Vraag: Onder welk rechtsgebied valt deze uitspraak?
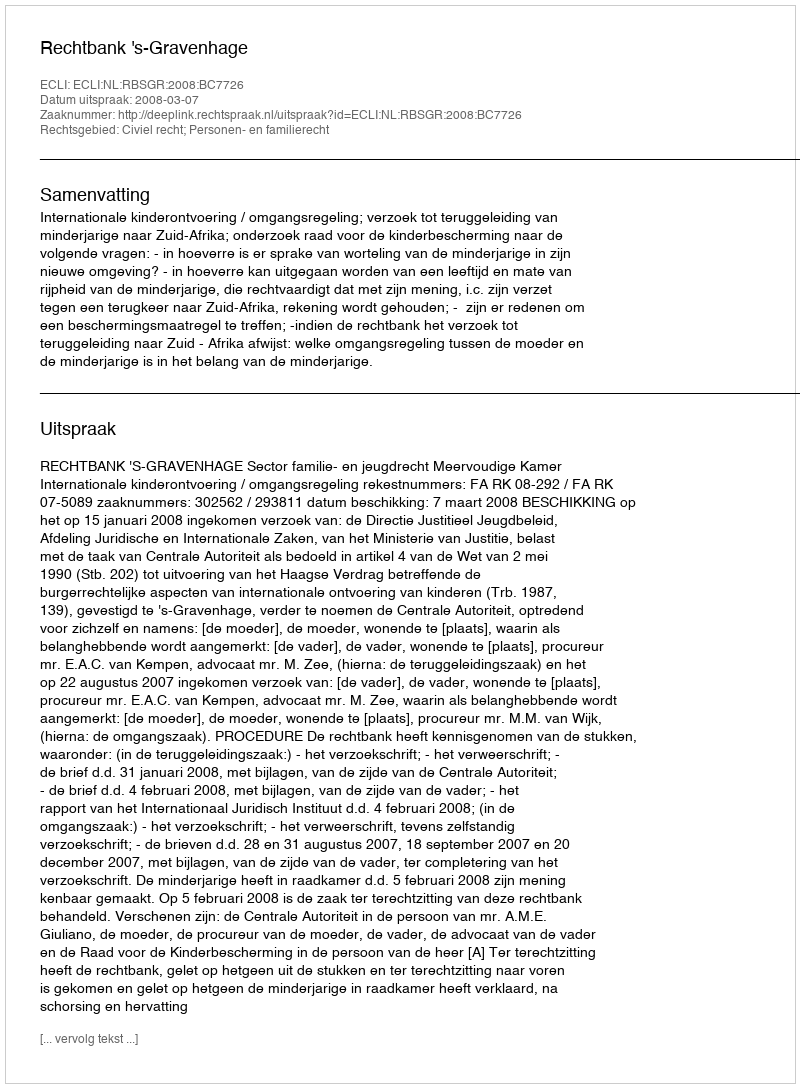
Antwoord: Civiel recht; Personen- en familierecht